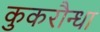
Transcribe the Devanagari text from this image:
कुकरौन्धा